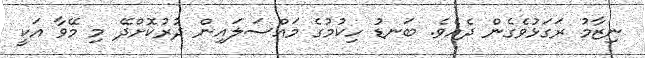
ނިޒާމު ރަގަޅުވެގެން ދެއެވެ. ބަނޑު ހިކުމުގެ މައްސަލައިން ދުރުކޮށްދޭ މި މޭވާ އަކީ